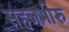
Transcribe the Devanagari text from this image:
सहजभीरु